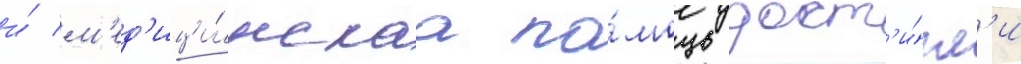
и́ м'ед'ици́нскаа по́мощь дост'и́гл'и